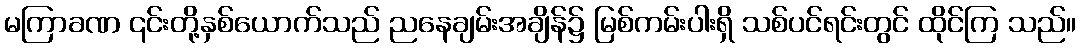
မကြာခဏ ၎င်းတို့နှစ်ယောက်သည် ညနေချမ်းအချိန်၌ မြစ်ကမ်းပါးရှိ သစ်ပင်ရင်းတွင် ထိုင်ကြ သည်။